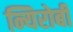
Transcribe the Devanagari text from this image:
न्यिरोबी